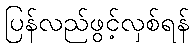
ပြန်လည်ဖွင့်လှစ်ရန်